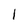
Character: 1